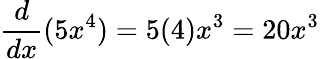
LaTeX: {\frac{d}{dx}}(5x^{4})=5(4)x^{3}=20x^{3}